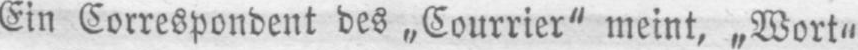
Ein Correspondent des „Courrier“ meint, „Wort“